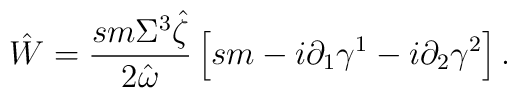
\hat{W}=\frac{sm\Sigma^3\hat{\zeta}}{2\hat{\omega}}\left[sm-i\partial _1\gamma^1-i\partial_2 \gamma^2 \right].